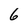
Character: 6